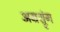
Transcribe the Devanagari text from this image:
अग्रश्रृंग